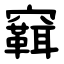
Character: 䇀